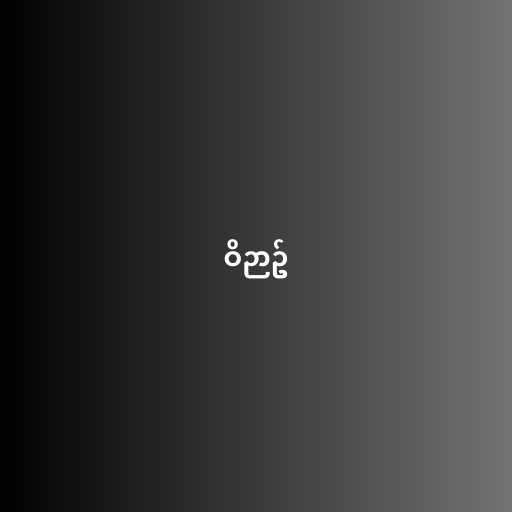
ဝိဉာဥ်